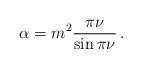
LaTeX: \begin{align*}\alpha =m^{2}\frac{\pi \nu }{\sin \pi \nu }\,.\end{align*}